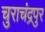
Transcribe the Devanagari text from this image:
चुराचंद्रपुर